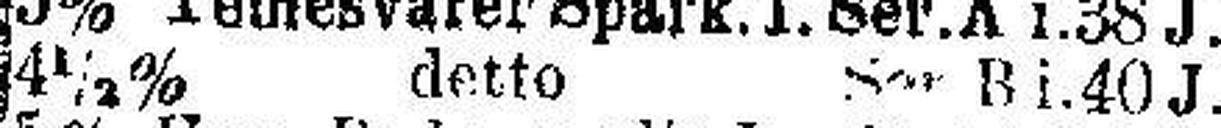
4½% detto Ser. B i. 40 J. v.